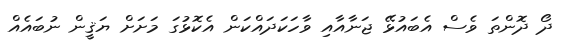
ދޯ ދޮންތަ ވެސް އެބައުޅޭ ޖަނާއާއި ވާހަކަދައްކަން އެކޮޅުގަ މަށަށް ޔަޤީން ނުބައެއް